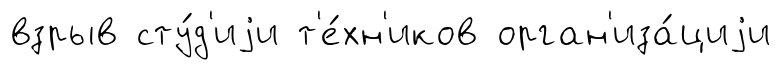
взрыв сту́д'иjи т'е́хн'иков орган'иза́циjи